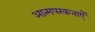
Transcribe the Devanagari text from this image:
आत्मपरकताएँ